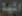
المها